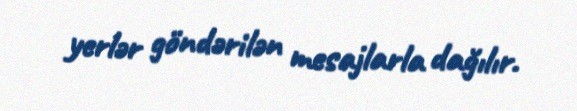
yerlər göndərilən mesajlarla dağılır.